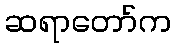
ဆရာတော်က